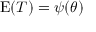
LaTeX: \operatorname { E } ( T ) = \psi ( \theta )